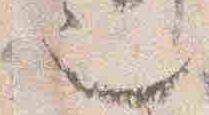
也